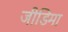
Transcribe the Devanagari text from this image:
जीडिमा